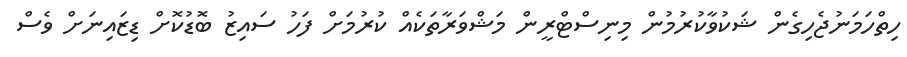
ހިތްހަމަނުޖެހިގެން ޝަކުވާކުރުމުން މިނިސްޓްރީން މަޝްވަރާތަކެއް ކުރުމަށް ފަހު ސައިޒު ބޮޑުކޮށް ޑިޒައިނަށް ވެސް